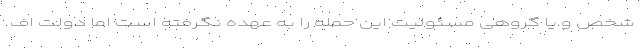
شخص و یا گروهی مسئولیت این حمله را به عهده نگرفته است اما دولت اف